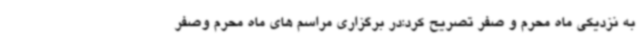
به نزدیکی ماه محرم و صفر تصریح کرد:در برگزاری مراسم های ماه محرم وصفر